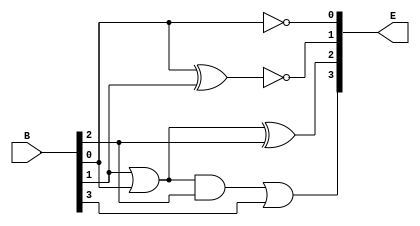
module bcd_to_excess_3(B, E);

	input [3:0]B;
	output [3:0]E;

	not not1(E[0], B[0]);

	xor xor1(x, B[0], B[1]);

	not not2(E[1], x);

	or or1(s1, B[1], B[0]);
	xor xor2(E[2], s1, B[2]);

	and and1(m1, s1, B[2]);
	or or2(E[3], m1, B[3]);

endmodule